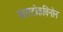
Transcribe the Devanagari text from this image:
प्लास्टोकविनोन